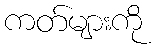
ကတ်များကို